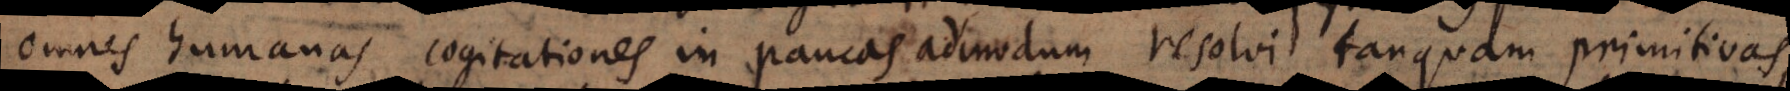
omnes humanas cogitationes in paucas admodum resolvi tanquam primitivas,